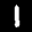
Label: 1